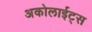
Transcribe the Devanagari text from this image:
अकोलाईट्स